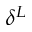
\delta ^ { L }